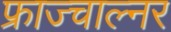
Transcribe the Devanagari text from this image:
फ्राज्चाल्नर